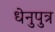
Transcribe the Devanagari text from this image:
धेनुपुत्र